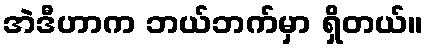
အဲဒီဟာက ဘယ်ဘက်မှာ ရှိတယ်။